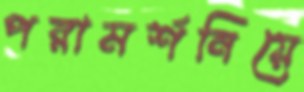
পরামর্শনিয়ে